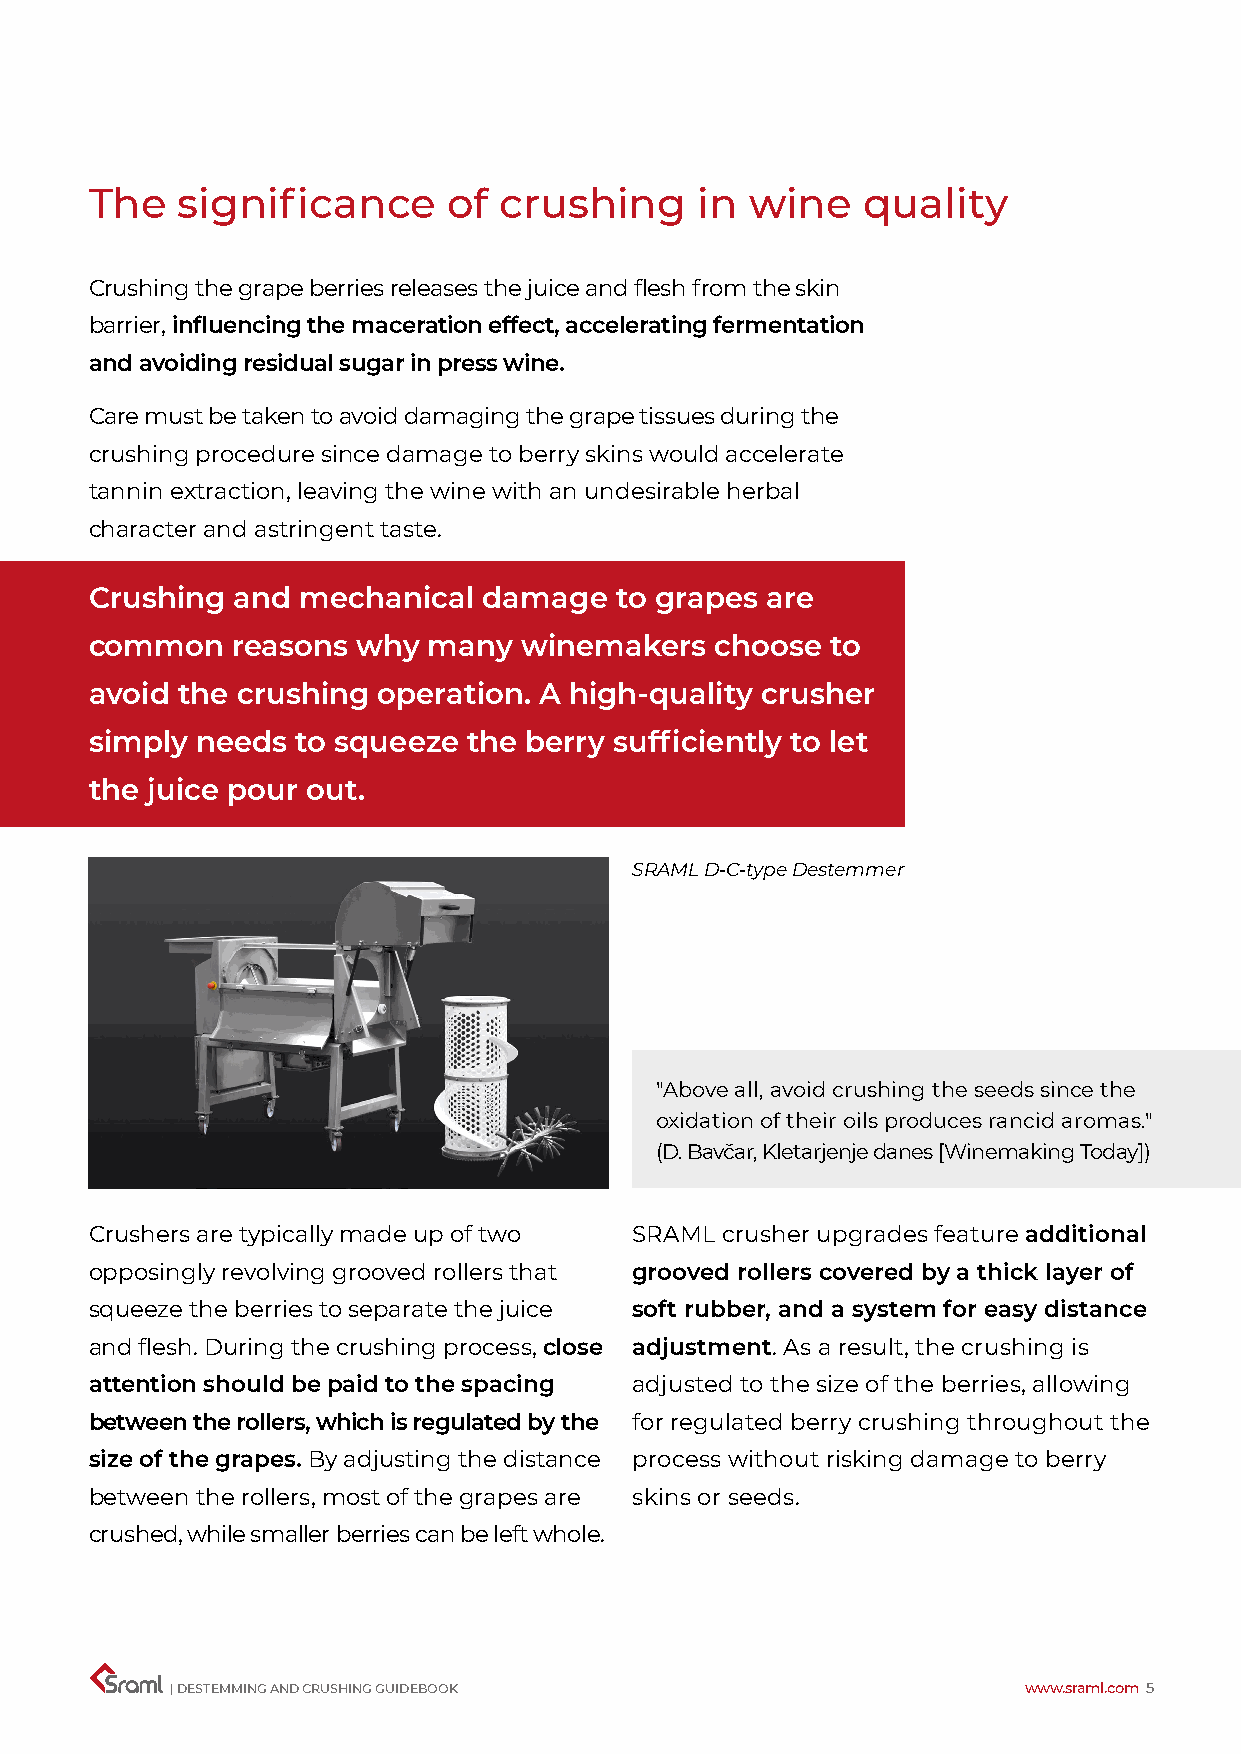
The   significance      of crushing     in  wine   quality
 Crushing the grape berries releases the juice and flesh from the skin
 barrier, influencing the maceration effect, accelerating fermentation
 and avoiding residual sugar in press wine.
 Care must be taken to avoid damaging the grape tissues during the
 crushing procedure since damage to berry skins would accelerate
 tannin extraction, leaving the wine with an undesirable herbal
 character and astringent taste.
 Crushing and  mechanical  damage   to grapes are
 common   reasons  why many   winemakers  choose  to
 avoid the crushing operation. A high-quality crusher
 simply needs  to squeeze the berry sufficiently to let
 the juice pour out.
 SRAML D-C-type Destemmer
 "Above all, avoid crushing the seeds since the
 oxidation of their oils produces rancid aromas."
 (D. Bavčar, Kletarjenje danes [Winemaking Today])
 Crushers are typically made up of two SRAML crusher upgrades feature additional
 opposingly revolving grooved rollers that grooved rollers covered by a thick layer of
 squeeze the berries to separate the juice soft rubber, and a system for easy distance
 and flesh. During the crushing process, close adjustment. As a result, the crushing is
 attention should be paid to the spacing adjusted to the size of the berries, allowing
 between the rollers, which is regulated by the for regulated berry crushing throughout the
 size of the grapes. By adjusting the distance process without risking damage to berry
 between the rollers, most of the grapes are skins or seeds.
 crushed, while smaller berries can be left whole.
 | DESTEMMING AND CRUSHING GUIDEBOOK                      www.sraml.com 5